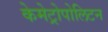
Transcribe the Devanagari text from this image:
केमेट्रोपोलिटन